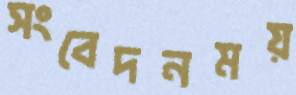
সংবেদনময়